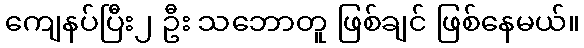
ကျေနပ်ပြီး၂ ဦး သဘောတူ ဖြစ်ချင် ဖြစ်နေမယ်။